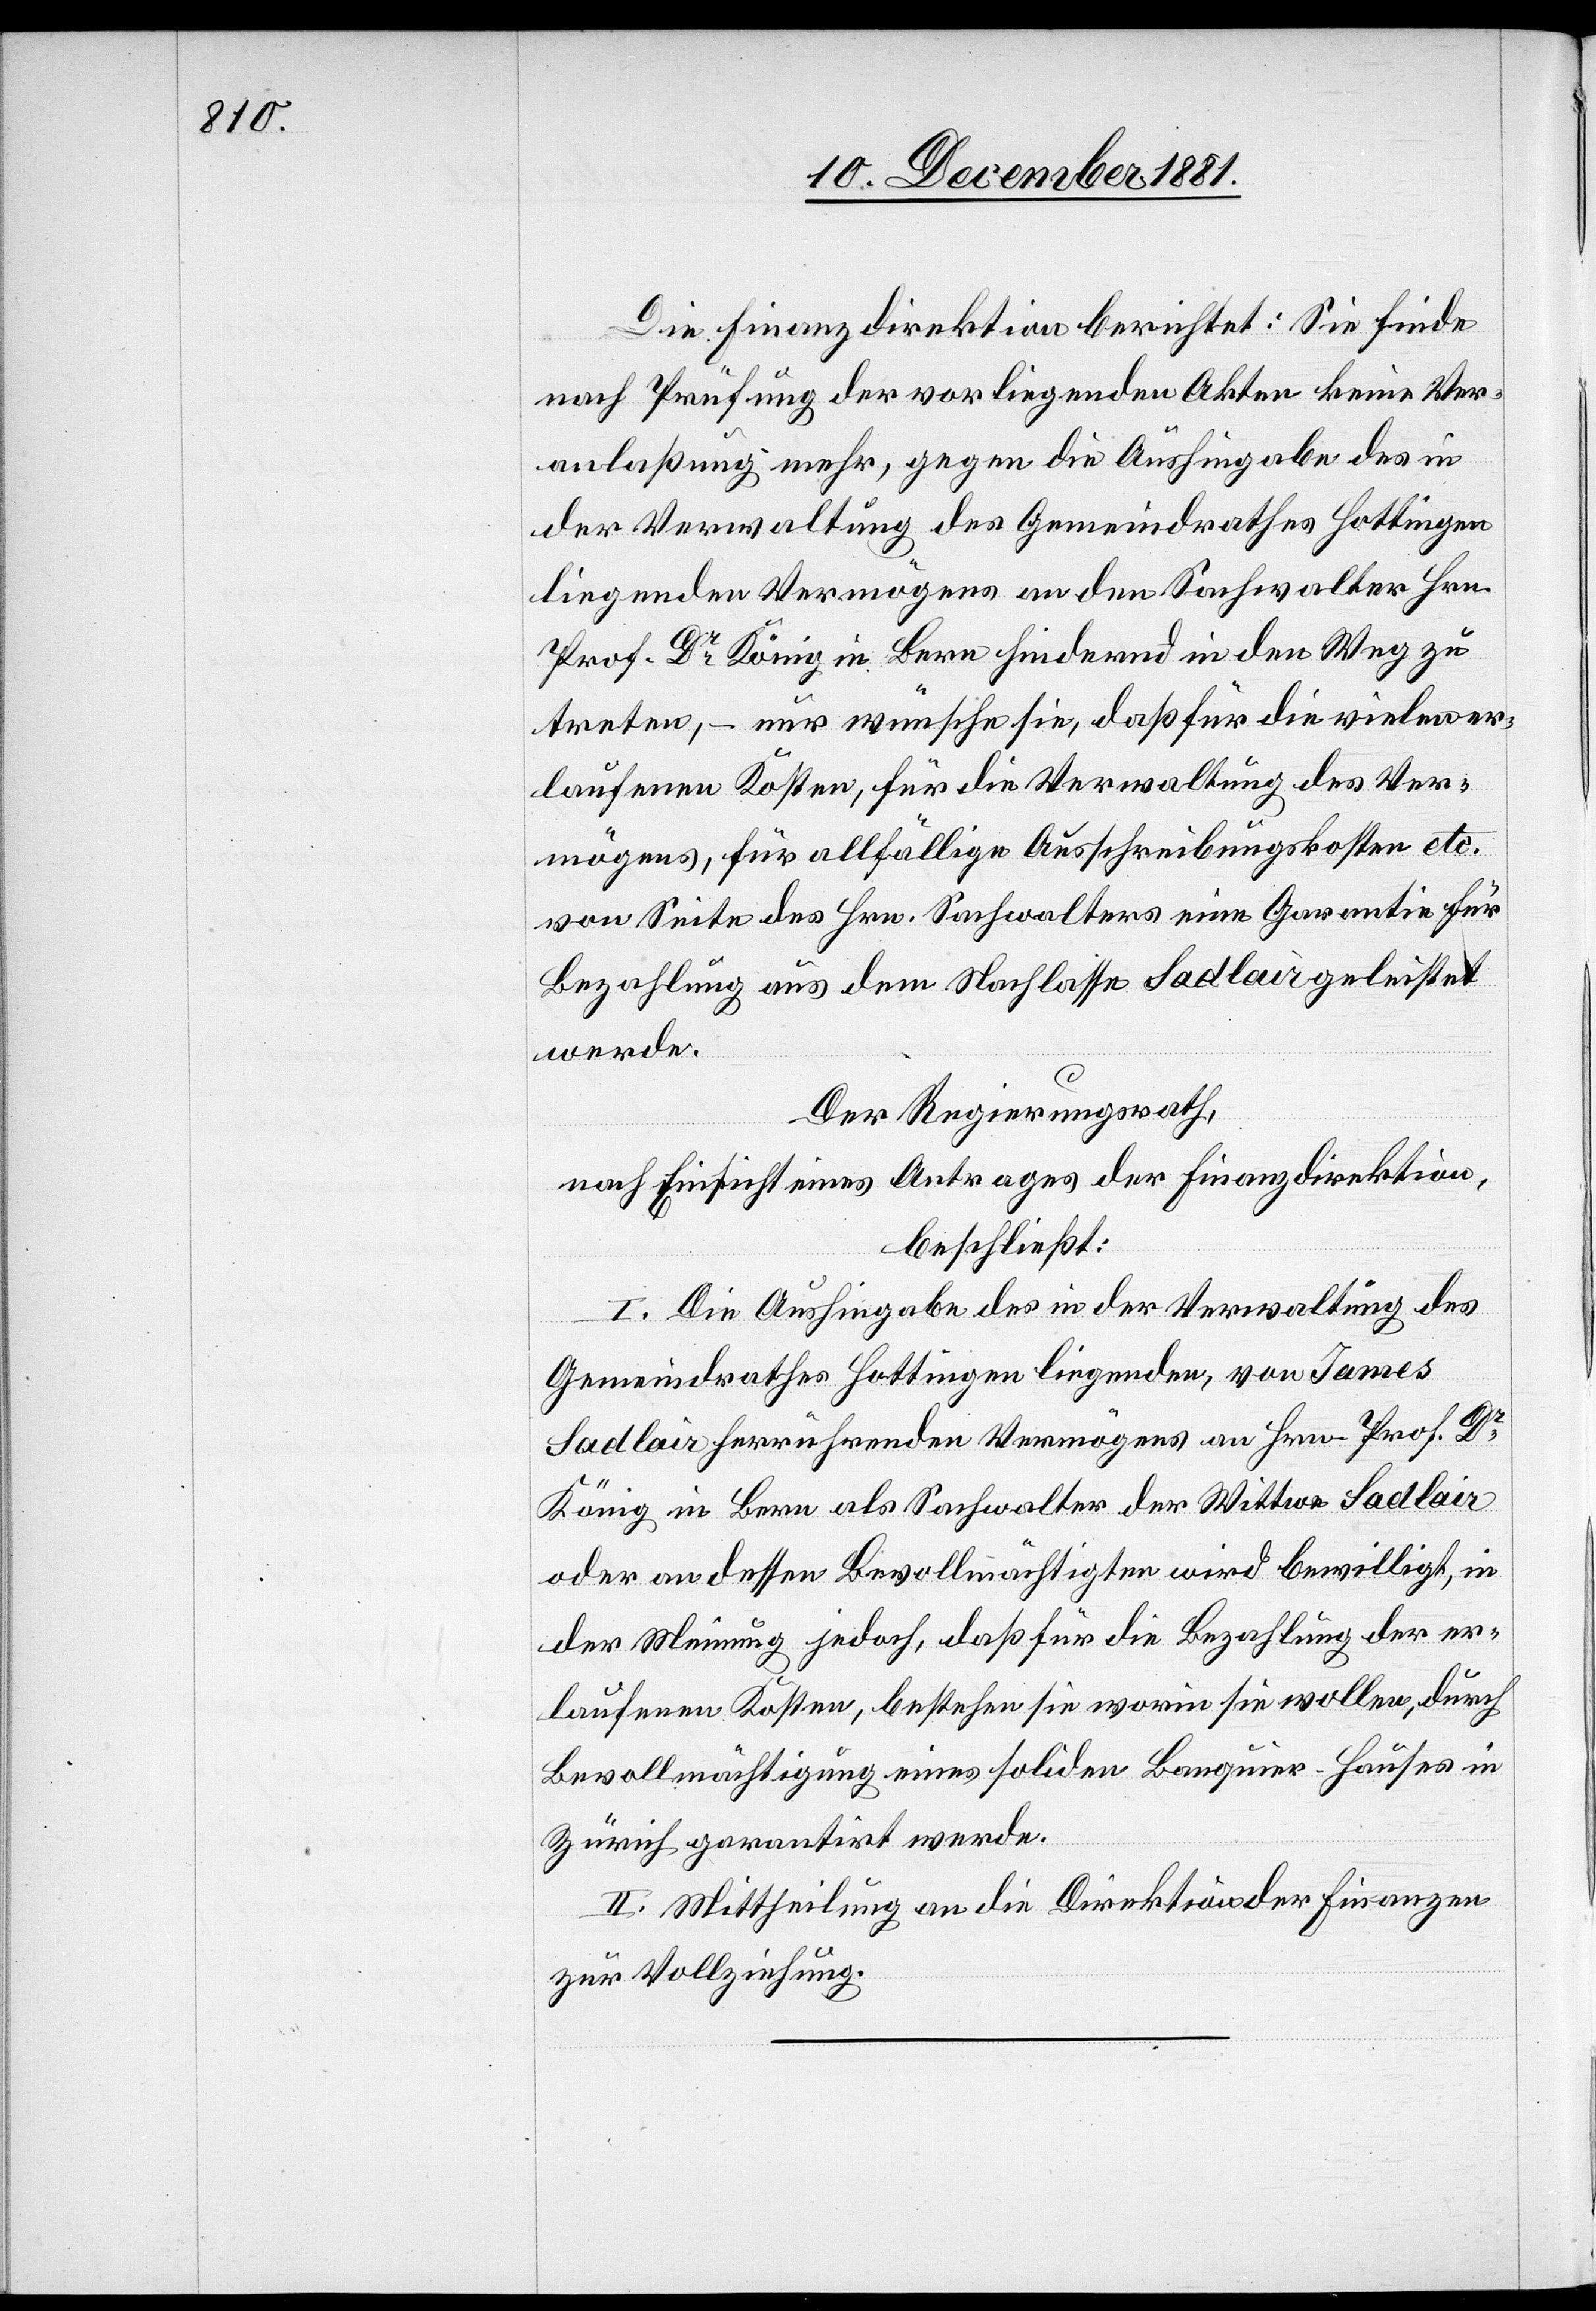
Die Finanzdirektion berichtet: Sie finde
nach Prüfung der vorliegenden Akten keine Ver¬
anlaßung mehr, gegen die Aushingabe des in
der Verwaltung des Gemeindrathes Hottingen
liegenden Vermögens an den Sachwalter Hrn.
Prof. Dr König in Bern hindernd in den Weg zu
treten, – nur wünsche sie, daß für die vielen er¬
laufenen Kosten, für die Verwaltung des Ver¬
mögens, für allfällige Ausschreibungskosten etc.
von Seite des Hrn. Sachwalters eine Garantie für
Bezahlung aus dem Nachlasse Sadlair geleistet
werde.
Der Regierungsrath,
nach Einsicht eines Antrages der Finanzdirektion,
beschließt:
I. Die Aushingabe des in der Verwaltung des
Gemeindrathes Hottingen liegenden, von James
Sadlair herrührenden Vermögens an Hrn. Prof. Dr
König in Bern als Sachwalter der Wittwe Sadlair
oder an dessen Bevollmächtigten wird bewilligt, in
der Meinung jedoch, daß für die Bezahlung der er¬
laufenen Kosten, bestehen sie worin sie wollen, durch
Bevollmächtigung eines soliden Banquier-Hauses in
Zürich garantirt werde.
II. Mittheilung an die Direktion der Finanzen
zur Vollziehung.